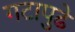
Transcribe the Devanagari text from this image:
गटापुढे